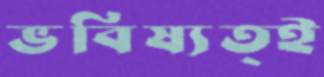
ভবিষ্যত্ই